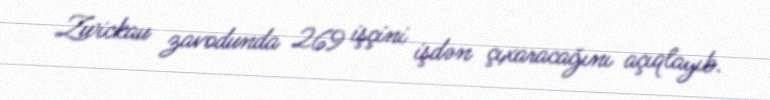
Zwickau zavodunda 269 işçini işdən çıxaracağını açıqlayıb.